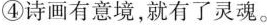
④诗画有意境，就有了灵魂。